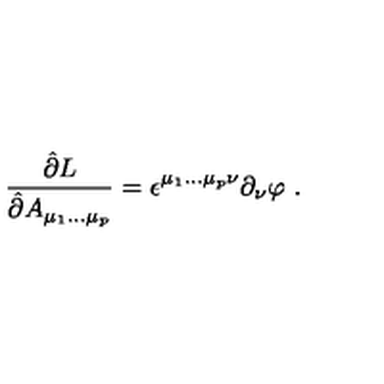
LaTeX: \frac { \hat { \partial } L } { \hat { \partial } A _ { \mu _ { 1 } \ldots \mu _ { p } } } = \epsilon ^ { \mu _ { 1 } \ldots \mu _ { p } \nu } \partial _ { \nu } \varphi \ .